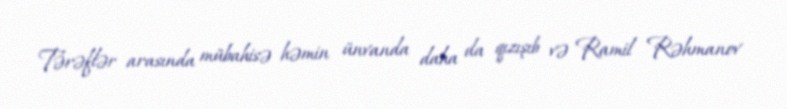
Tərəflər arasında mübahisə həmin ünvanda daha da qızışıb və Ramil Rəhmanov